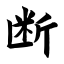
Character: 断